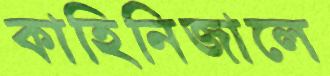
কাহিনিজালে